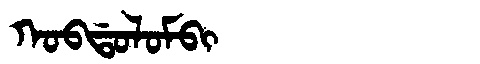
Manchu: ᡴᠣᠪᡩᠣᠯᠣᠮᠪᡳ
Romanization: KOBDOLOMBI